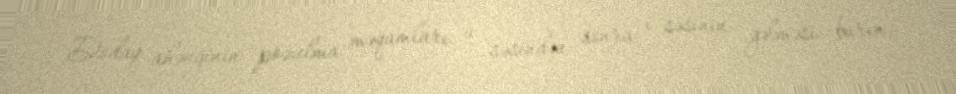
Dodaq ahənginin pozulma məqamları: u səsindən sonra ı səsinin gəlməsi: burın,